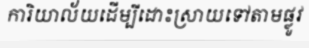
ការិយាល័យដើម្បីដោះស្រាយទៅតាមផ្លូវ